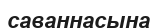
саваннасына